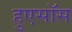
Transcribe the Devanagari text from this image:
हुएसॉस